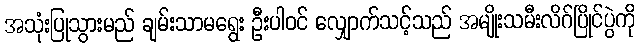
အသုံးပြုသွားမည် ချမ်းသာမရွေး ဦးပါဝင် လျှောက်သင့်သည် အမျိုးသမီးလိဂ်ပြိုင်ပွဲကို